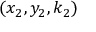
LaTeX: ( x _ { 2 } , y _ { 2 } , k _ { 2 } )